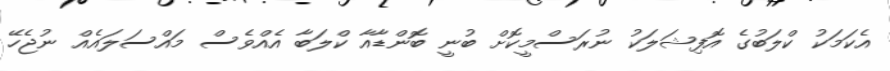
އެކަމަކު ކްލަބުގެ އޮފިޝަލަކު ނުރަސްމީކޮށް ބުނީ ބޮންޑާއާ ކްލަބާ އެއްވެސް މައްސަލައެއް ނުޖެހޭ